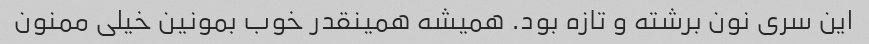
این سری نون برشته و تازه بود. همیشه همینقدر خوب بمونین خیلی ممنون